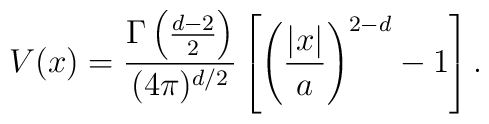
V(x)=\frac{\Gamma\left(\frac{d-2}{2}\right)}{(4\pi)^{d/2}}\left[\left(\frac{|x|}{a}\right)^{2-d}-1\right].